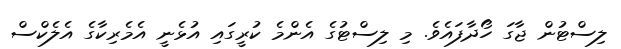
ލިސްޓުން ޖާގަ ހޯދާފައެވެ. މި ލިސްޓުގެ އެންމެ ކުރީގައި އުޅެނީ އެމެރިކާގެ އެލެކްސް